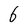
Character: 6